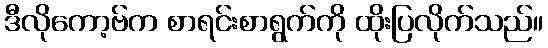
ဒီလိုကော့ဗ်က စာရင်းစာရွက်ကို ထိုးပြလိုက်သည်။